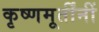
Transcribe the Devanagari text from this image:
कृष्णमूर्तींनीं